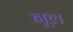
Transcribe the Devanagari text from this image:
नूल